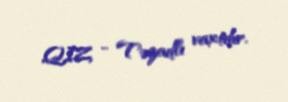
QIZ - Təzadlı vaxtdır.